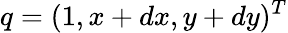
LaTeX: q=(1,x+dx,y+dy)^{T}